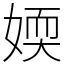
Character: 媆